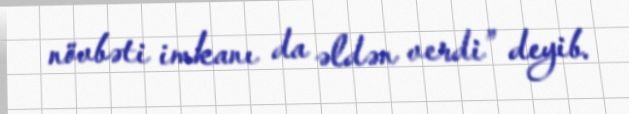
növbəti imkanı da əldən verdi” deyib.